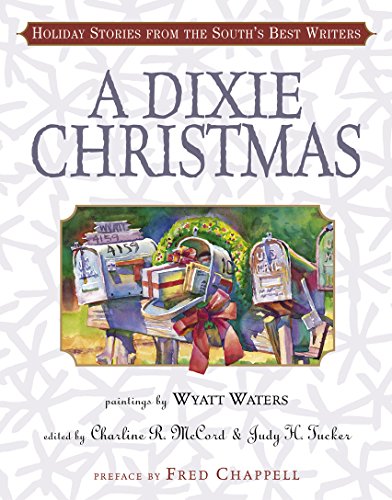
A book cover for A Dixie Christmas: Holiday Stories from the South's Best Writers; Religion & Spirituality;